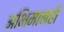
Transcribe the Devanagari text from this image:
अभिमानही